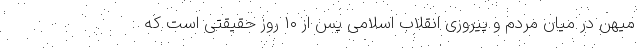
میهن در میان مردم و پیروزی انقلاب اسلامی پس از ۱۰ روز حقیقتی است که